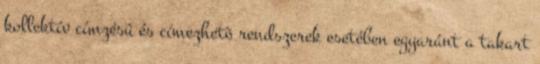
kollektív címzésû és címezhetõ rendszerek esetében egyaránt a takart